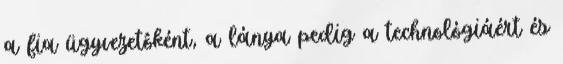
a fia ügyvezetôként, a lánya pedig a technológiáért és